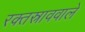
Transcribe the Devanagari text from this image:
रक्तस्राववाले